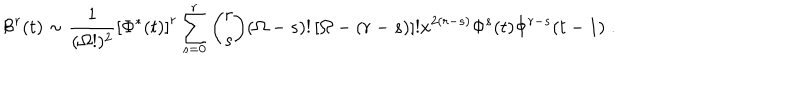
LaTeX: { \cal B } ^ { r } ( t ) \sim \frac { 1 } { ( \Omega ! ) ^ { 2 } } \left[ \Phi ^ { * } ( t ) \right] ^ { r } \sum _ { s = 0 } ^ { r } { \binom { r } { s } } ( \Omega - s ) ! \left[ \Omega - ( r - s ) \right] ! x ^ { 2 ( r - s ) } \Phi ^ { s } ( t ) \Phi ^ { r - s } ( t - 1 ) \; .